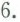
6.